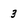
Character: 3